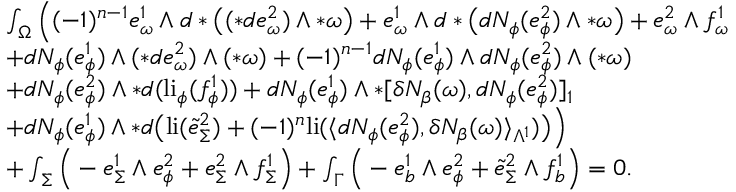
\begin{array} { r l } & { \int _ { \Omega } \Big ( ( - 1 ) ^ { n - 1 } e _ { \omega } ^ { 1 } \wedge d \ast \big ( ( \ast d e _ { \omega } ^ { 2 } ) \wedge \ast \omega \big ) + e _ { \omega } ^ { 1 } \wedge d \ast \big ( d N _ { \phi } ( e _ { \phi } ^ { 2 } ) \wedge \ast \omega \big ) + e _ { \omega } ^ { 2 } \wedge f _ { \omega } ^ { 1 } } \\ & { + d N _ { \phi } ( e _ { \phi } ^ { 1 } ) \wedge ( \ast d e _ { \omega } ^ { 2 } ) \wedge ( \ast \omega ) + ( - 1 ) ^ { n - 1 } d N _ { \phi } ( e _ { \phi } ^ { 1 } ) \wedge d N _ { \phi } ( e _ { \phi } ^ { 2 } ) \wedge ( \ast \omega ) } \\ & { + d N _ { \phi } ( e _ { \phi } ^ { 2 } ) \wedge \ast d ( \mathrm { l i } _ { \phi } ( f _ { \phi } ^ { 1 } ) ) + d N _ { \phi } ( e _ { \phi } ^ { 1 } ) \wedge \ast [ \delta N _ { \beta } ( \omega ) , d N _ { \phi } ( e _ { \phi } ^ { 2 } ) ] _ { 1 } } \\ & { + d N _ { \phi } ( e _ { \phi } ^ { 1 } ) \wedge \ast d \big ( \mathrm { l i } ( \tilde { e } _ { \Sigma } ^ { 2 } ) + ( - 1 ) ^ { n } \mathrm { l i } ( \langle d N _ { \phi } ( e _ { \phi } ^ { 2 } ) , \delta N _ { \beta } ( \omega ) \rangle _ { \Lambda ^ { 1 } } ) \big ) \Big ) } \\ & { + \int _ { \Sigma } \Big ( - e _ { \Sigma } ^ { 1 } \wedge e _ { \phi } ^ { 2 } + e _ { \Sigma } ^ { 2 } \wedge f _ { \Sigma } ^ { 1 } \Big ) + \int _ { \Gamma } \Big ( - e _ { b } ^ { 1 } \wedge e _ { \phi } ^ { 2 } + \tilde { e } _ { \Sigma } ^ { 2 } \wedge f _ { b } ^ { 1 } \Big ) = 0 . } \end{array}